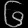
Digit: ၆